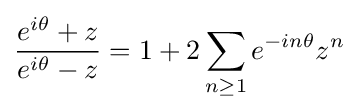
{e^{i\theta }+z \over e^{i\theta }-z}=1+2\sum _{n\geq 1}e^{-in\theta }z^{n}